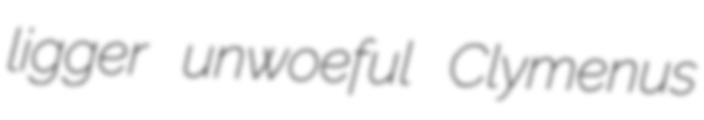
ligger unwoeful Clymenus